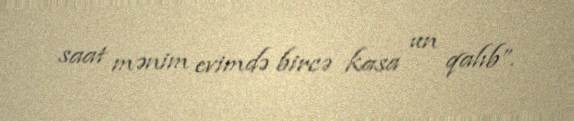
saat mənim evimdə bircə kasa un qalıb”.